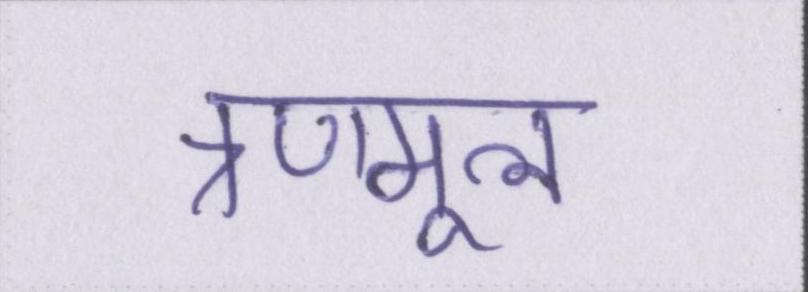
त्रणमूल